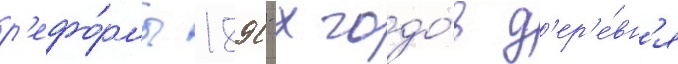
р'ефо́рмы 1890-х годо́в д'ер'е́вн'я